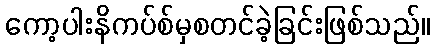
ကော့ပါးနိကပ်စ်မှစတင်ခဲ့ခြင်းဖြစ်သည်။